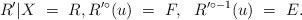
LaTeX: \begin{align*}R'|X \ = \ R, R'^{\circ}(u) \ = \ F, \ \ R'^{\circ -1}(u) \ = \ E.\end{align*}